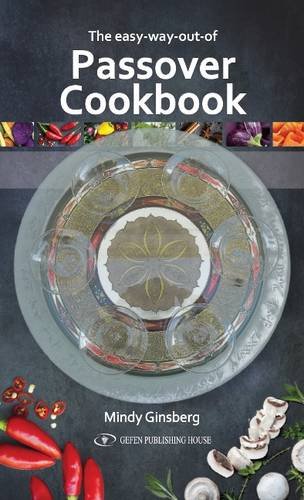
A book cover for The Easy Way Out Passover Cookbook; Mindy Ginsberg; Cookbooks, Food & Wine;